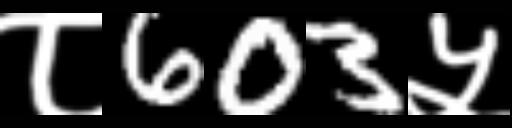
Text: ८603५